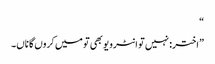
“
”اختر: نہیں تو انٹرویو بھی تو میں کروں گا ناں۔